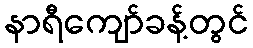
နာရီကျော်ခန့်တွင်